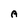
Character: A